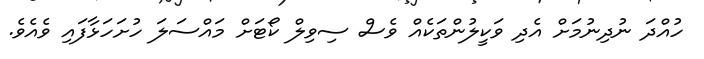
ހުއްދަ ނުދިނުމަށް އެދި ވަކީލުންތަކެއް ވެސް ސިވިލް ކޯޓަށް މައްސަލަ ހުށަހަޅާފައި ވެއެވެ.